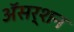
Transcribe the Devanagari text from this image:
अॅसर्शन